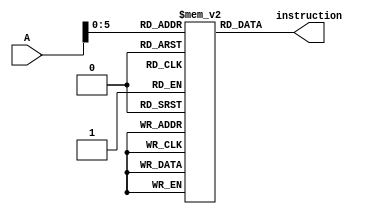
module instmem (
    input [31:0] A,
    output [31:0] instruction
);
   reg [31:0] instrmemry [0:63];
   assign instruction=instrmemry[A];
endmodule